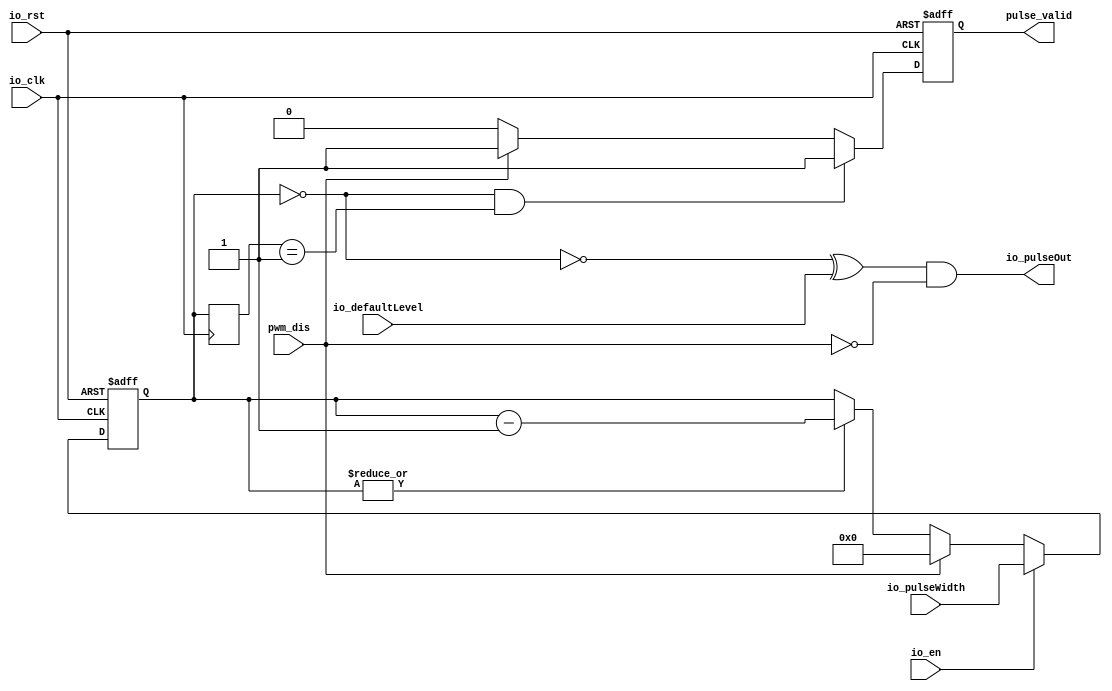
/**
* : 1us ~ 1s
* :(/)
* :1us ~ 1s
*
*/

module sigpulse #(
  parameter _RAM_WIDTH = 32
)(
  input io_clk,
  input io_rst,

  input io_en,
  input pwm_dis,

  output io_pulseOut,
  // output io_delayOut,

  input io_defaultLevel,
  input [_RAM_WIDTH - 1:0] io_pulseWidth,
  output pulse_valid
  // input [_RAM_WIDTH - 1:0] io_trigDelay
);

  // reg [_RAM_WIDTH - 1:0] cnt_delay = 0;
  reg [_RAM_WIDTH - 1:0] cnt_pulseWidth = 0;
  // reg en_d1;
  always @ (posedge io_clk or posedge io_rst) begin
    if(io_rst)begin
      // cnt_delay <= 0;
      cnt_pulseWidth <= 0;
    end
    else if (io_en)begin
      // cnt_delay <= io_trigDelay;
      cnt_pulseWidth <= io_pulseWidth;
    end
    else if (pwm_dis) begin
      cnt_pulseWidth <= 0;
    end
    else begin
      // cnt_delay <= |cnt_delay ? cnt_delay - 1'd1:cnt_delay;
      cnt_pulseWidth <= |cnt_pulseWidth ? cnt_pulseWidth - 1'd1 : cnt_pulseWidth;
    end
  end

  
  reg p_valid;
  reg [_RAM_WIDTH - 1:0] cnt_pulseWidth_d1;
  always @ (posedge io_clk) begin
    // en_d1 <= io_en;
    cnt_pulseWidth_d1 <= cnt_pulseWidth;
  end
  always @(posedge io_clk or posedge io_rst) begin
    if (io_rst == 1) begin
      p_valid <= 0;
    end
    else if ((cnt_pulseWidth == 0)&&(cnt_pulseWidth_d1 == 1)) begin
      p_valid <= 1'b1;
    end
    else if (pwm_dis) begin
      p_valid <= 1'b1;
    end
    else if (p_valid) begin
      p_valid <= 0;
    end
    else begin
      p_valid <= 0;
    end
  end
  assign pulse_valid = p_valid ;
  assign io_pulseOut = (~(cnt_pulseWidth == 0) ^ io_defaultLevel)&(~pwm_dis);
  // assign io_delayOut = (cnt_delay == 0) & delay_d;

endmodule